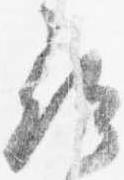
尋